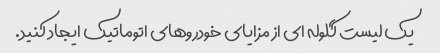
یک لیست گلوله ای از مزایای خودروهای اتوماتیک ایجاد کنید.